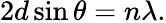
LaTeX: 2d\sin\theta=n\lambda.